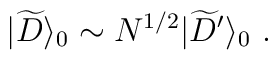
|{\widetilde D}\rangle_0\sim N^{1/2} |{\widetilde D}^\prime\rangle_0~.